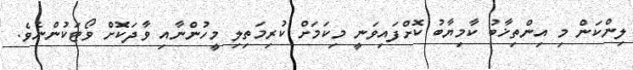
ލިންކަން މި އިންތިޚާބު ކާމިޔާބު ކޮށްފައިވަނީ މިކަމަށް ކުރިމަތިލި މީހުންނާއި ވާދަކޮށް ވޯޓަކުންނެވެ.